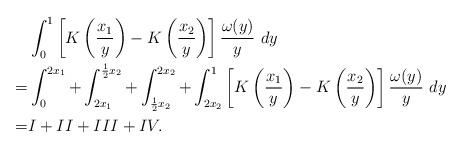
LaTeX: \begin{align*}&\int_0^1 \left[K\left(\frac{x_1}{y}\right)-K\left(\frac{x_2}{y}\right)\right]\frac{\omega(y)}{y}~dy\\=&\int_0^{2x_1}+\int_{2x_1}^{\frac{1}{2}x_2}+\int_{\frac{1}{2}x_2}^{2x_2}+\int_{2x_2}^1\left[K\left(\frac{x_1}{y}\right)-K\left(\frac{x_2}{y}\right)\right]\frac{\omega(y)}{y}~dy\\=& I+II+III+IV.\end{align*}